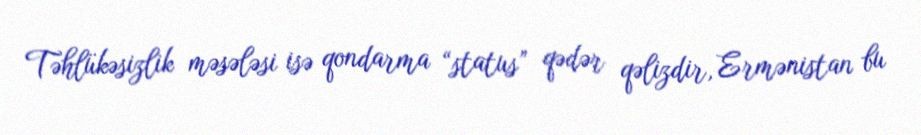
Təhlükəsizlik məsələsi isə qondarma “status” qədər qəlizdir, Ermənistan bu